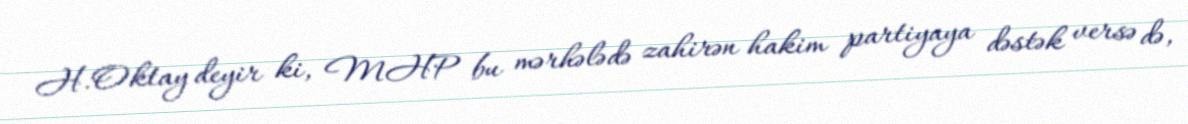
H.Oktay deyir ki, MHP bu mərhələdə zahirən hakim partiyaya dəstək versə də,